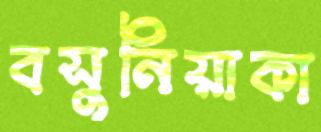
বসুনিয়াকা